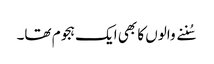
سُننے والوں کا بھی ایک ہجوم تھا۔